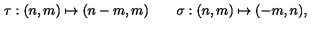
\tau : ( n , m ) \mapsto ( n - m , m ) \qquad \sigma : ( n , m ) \mapsto ( - m , n ) ,